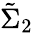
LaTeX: \tilde{\Sigma}_{2}